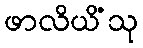
ဖာလိယိံသု